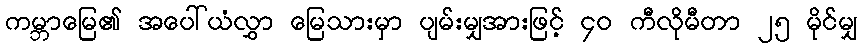
ကမ္ဘာမြေ၏ အပေါ်ယံလွှာ မြေသားမှာ ပျမ်းမျှအားဖြင့် ၄၀ ကီလိုမီတာ ၂၅ မိုင်မျှ